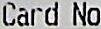
CARD NO